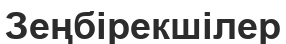
Зеңбірекшілер